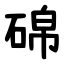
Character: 䃇